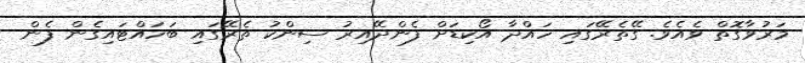
މަރުވާގޮތް ވެއެވެ. ގޭތެރޭގައި ހައްދާ އޯކިޑަށް ފެންދޭއިރު ސިންކު ތެރޭގައި ބަހައްޓައިގެން ފެން